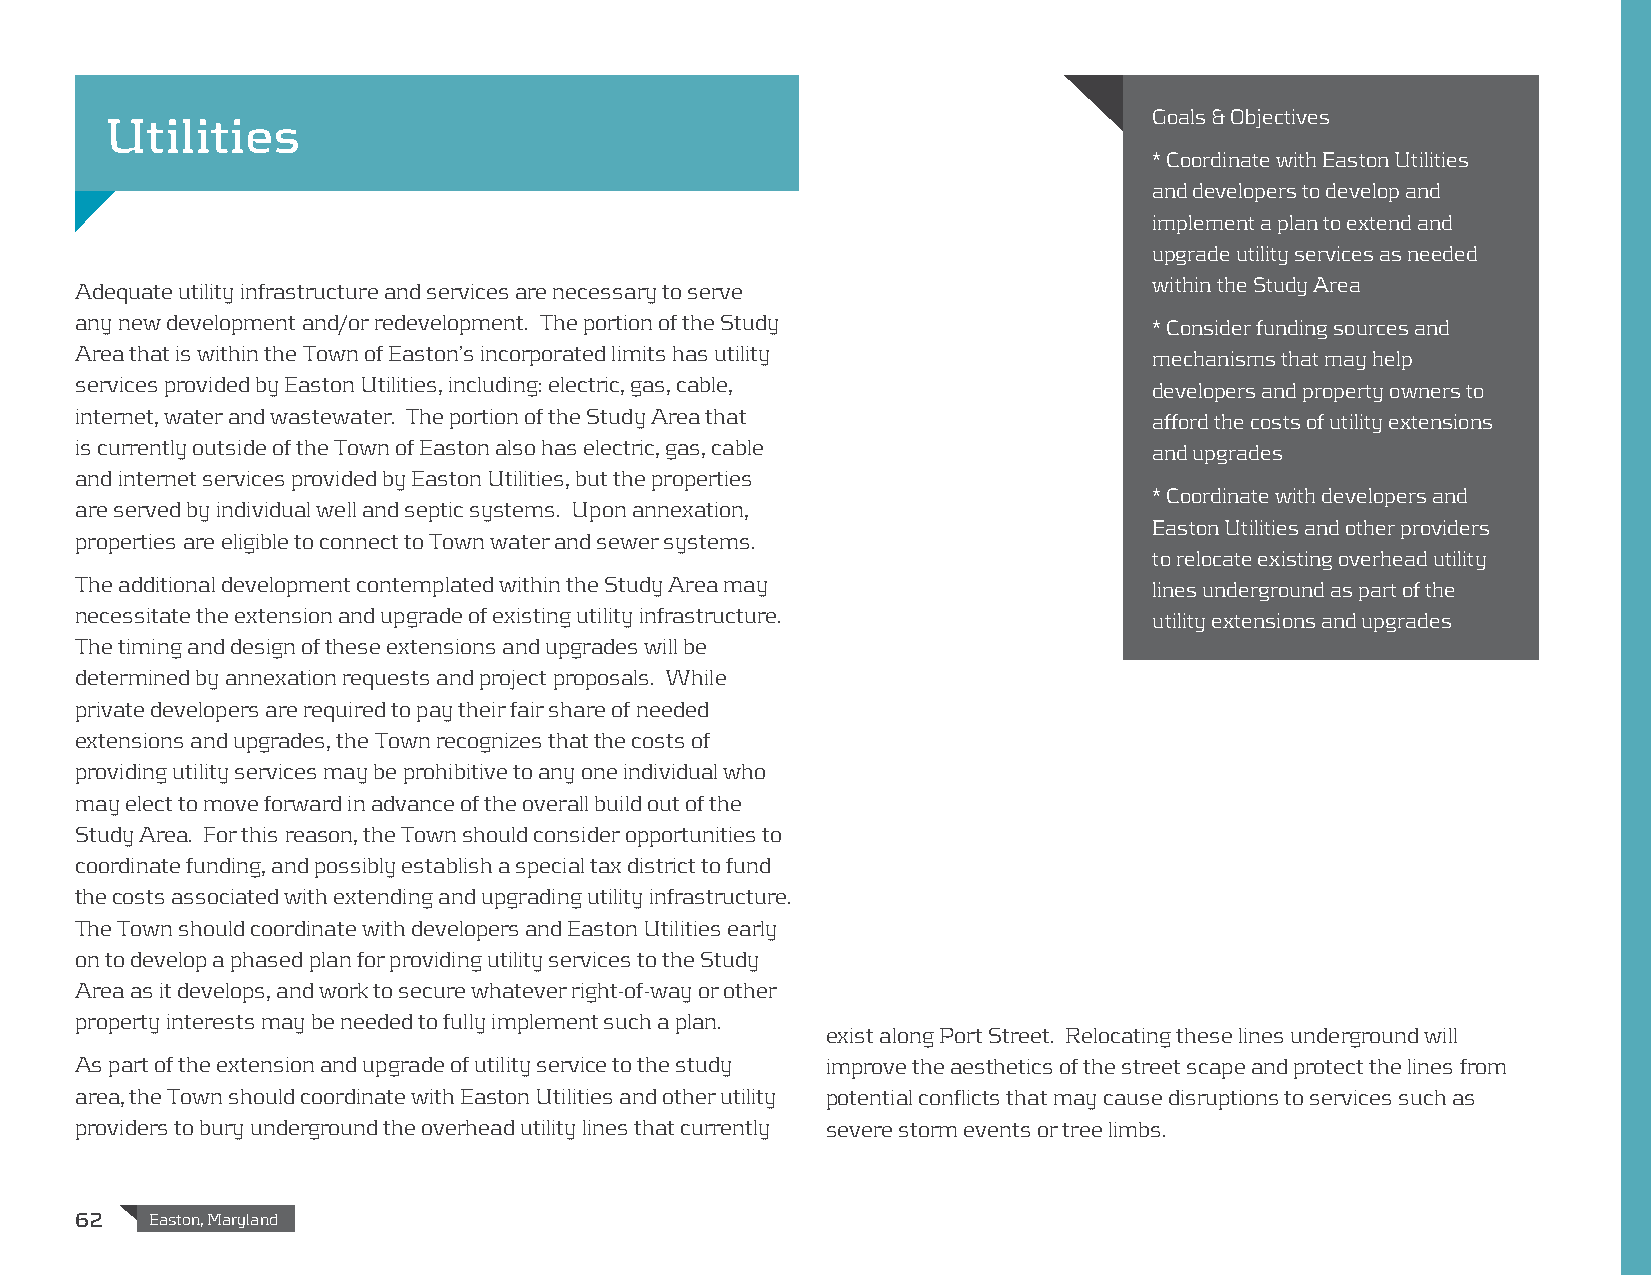
Goals & Objectives
 Utilities
 * Coordinate with Easton Utilities
 and developers to develop and
 implement a plan to extend and
 upgrade utility services as needed
 Adequate utility infrastructure and services are necessary to serve    within the Study Area
 any new development and/or redevelopment. The portion of the Study     * Consider funding sources and
 Area that is within the Town of Easton’s incorporated limits has utility mechanisms that may help
 services provided by Easton Utilities, including: electric, gas, cable, developers and property owners to
 internet, water and wastewater. The portion of the Study Area that     afford the costs of utility extensions
 is currently outside of the Town of Easton also has electric, gas, cable and upgrades
 and internet services provided by Easton Utilities, but the properties
 * Coordinate with developers and
 are served by individual well and septic systems. Upon annexation,
 Easton Utilities and other providers
 properties are eligible to connect to Town water and sewer systems.
 to relocate existing overhead utility
 The additional development contemplated within the Study Area may      lines underground as part of the
 necessitate the extension and upgrade of existing utility infrastructure. utility extensions and upgrades
 The timing and design of these extensions and upgrades will be
 determined by annexation requests and project proposals. While
 private developers are required to pay their fair share of needed
 extensions and upgrades, the Town recognizes that the costs of
 providing utility services may be prohibitive to any one individual who
 may elect to move forward in advance of the overall build out of the
 Study Area. For this reason, the Town should consider opportunities to
 coordinate funding, and possibly establish a special tax district to fund
 the costs associated with extending and upgrading utility infrastructure.
 The Town should coordinate with developers and Easton Utilities early
 on to develop a phased plan for providing utility services to the Study
 Area as it develops, and work to secure whatever right-of-way or other
 property interests may be needed to fully implement such a plan.
 exist along Port Street. Relocating these lines underground will
 As part of the extension and upgrade of utility service to the study improve the aesthetics of the street scape and protect the lines from
 area, the Town should coordinate with Easton Utilities and other utility potential conflicts that may cause disruptions to services such as
 providers to bury underground the overhead utility lines that currently severe storm events or tree limbs.
 62   Easton, Maryland